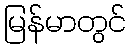
မြန်မာတွင်